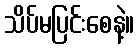
သိပ်မပြင်းစေနဲ့။